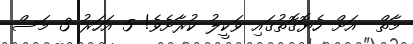
މާތް  އަށް ހެޔޮގޮތުގައި ވަކީލު ކުރާށެވެ! 5 އަހަރު 3 މަސް